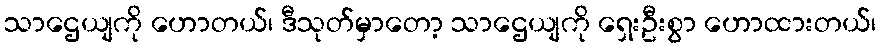
သာဌေယျကို ဟောတယ်၊ ဒီသုတ်မှာတော့ သာဌေယျကို ရှေးဦးစွာ ဟောထားတယ်၊